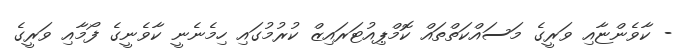
- ކާވެންޏާއި ވަރީގެ މަސައްކަތްތައް ކޮމްޕިއުޓަރައިޒް ކުރުމުގައި ހިމެނެނީ ކާވެނީގެ ފޯމާއި ވަރީގެ